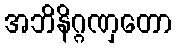
အဘိနိဂ္ဂဏှတော